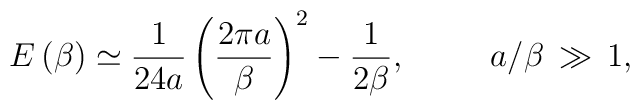
E\left( \beta \right) \simeq \frac{1}{24a}\left( \frac{2\pi a}{\beta }\right) ^{2}-\frac{1}{2\beta },\, \, \, \, \, \, \, \, \, \, \, \, \, \, \, a/\beta \, \gg \, 1,